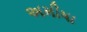
અમીષા